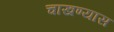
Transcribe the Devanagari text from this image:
चाखण्यास